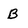
Character: B